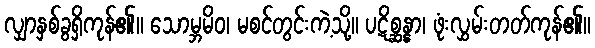
လျှာနှစ်ခွရှိကုန်၏။ သောမ္ဘမိဝ၊ မစင်တွင်းကဲ့သို့။ ပဋိစ္ဆန္နာ၊ ဖုံးလွှမ်းတတ်ကုန်၏။